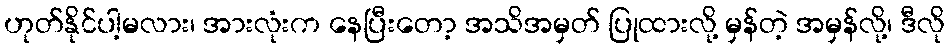
ဟုတ်နိုင်ပါ့မလား၊ အားလုံးက နေပြီးတော့ အသိအမှတ် ပြုထားလို့ မှန်တဲ့ အမှန်လို့၊ ဒီလို